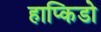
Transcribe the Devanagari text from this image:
हाप्किडो